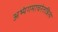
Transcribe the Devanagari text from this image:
अभ्यंगमाचरेतन्नित्यं